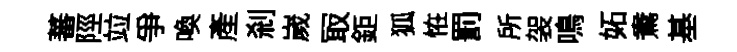
蕃陘竝爭喚産剎嵗冣鉅狐恠罰所袈鳴妬鴦基